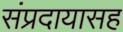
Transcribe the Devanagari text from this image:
संप्रदायासह